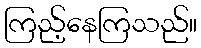
ကြည့်နေကြသည်။